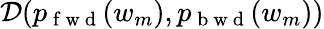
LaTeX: {\cal D}(p_{\mathrm{~f~w~d~}}(w_{m}),p_{\mathrm{~b~w~d~}}(w_{m}))